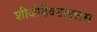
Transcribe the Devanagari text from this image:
शीजोडैक्टाइलस